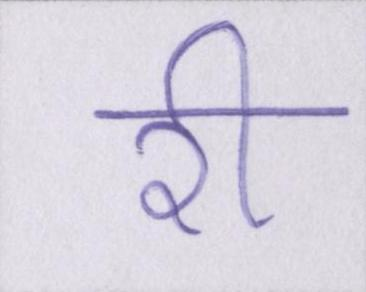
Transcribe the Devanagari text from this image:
री